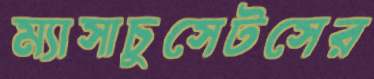
ম্যাসাচুসেটসের